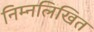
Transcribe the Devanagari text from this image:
निम्‍नलिखित